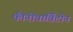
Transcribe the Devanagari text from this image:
फीनोवार्विटोन